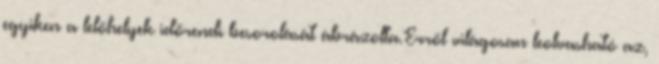
egyiken a lelőhelyek időrendi besorolását ábrázolta.Erről világosan leolvasható az,